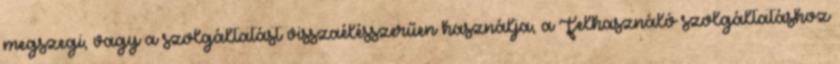
megszegi, vagy a szolgáltatást visszaélésszerűen használja, a Felhasználó szolgáltatáshoz